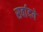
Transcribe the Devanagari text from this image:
सर्वादये